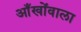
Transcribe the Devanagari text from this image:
आँखोंवाला